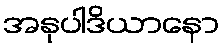
အနုပါဒိယာနော